Annual returns of the Patna Lunatic Asylum at Bankipore in Bihar and Orissa - 1912-1924
Year: 1912
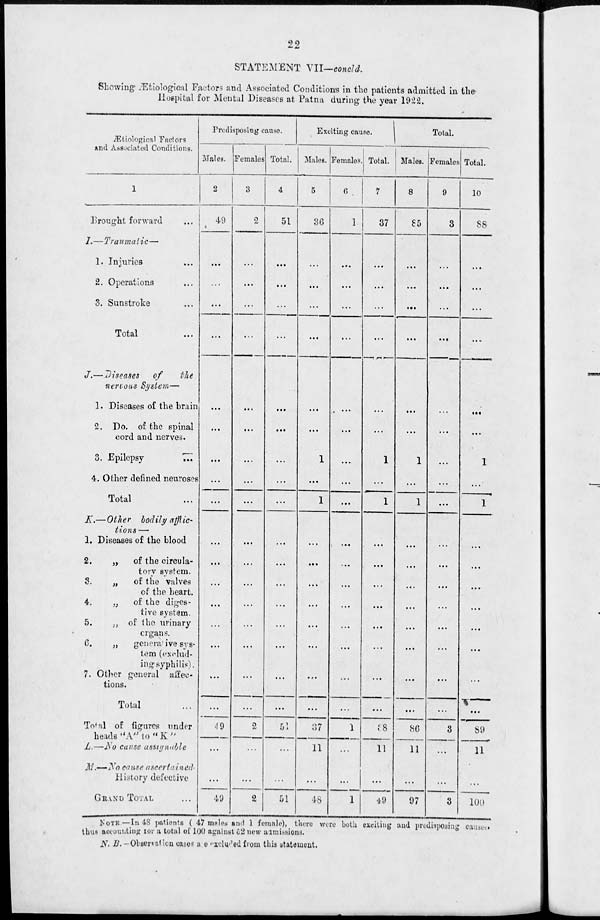
22
STATEMENT VII—concld.
Showing Ætiological Factors and Associated Conditions in the patients admitted in the
Hospital for Mental Diseases at Patna during the year 1922.
Ætiological Factors
and Associated Conditions.
1
Brought forward
...
I.—
J.—
K.—
L.—
M.—
Traumatic—
1. Injuries ...
2. Operations ...
3. Sunstroke ...
Total ...
Diseases
of
the
nervous
System—
1. Diseases of the brain
2. Do. of the spinal
cord and nerves.
3. Epilepsy
...
4. Other defined neuroses
Total ...
Other
bodily afflic-
tions—
1. Diseases of the blood
2.
„
of the circula-
tory system.
3.
„
of the valves
of the heart.
4.
„
of the diges-
tive system.
5.
„ of the urinary
organs.
6.
„
generative sys-
tem (exclud-
ing syphilis).
7. Other general
affec-
tions.
Total ...
Total of figures under
heads
" A " to " K "
No cause assignable
No cause ascertained
History defective
GRAND TOTAL ...
Predisposing cause.
Males.
2
49
...
...
...
...
...
...
...
...
...
...
...
...
...
...
...
...
...
49
...
...
49
Females.
3
2
...
...
...
...
...
...
...
...
...
...
...
...
...
...
...
...
...
2
...
...
2
Total.
4
51
...
...
...
...
...
...
...
...
...
...
...
...
...
...
...
...
...
51
...
...
51
Exciting cause.
Males.
5
36
...
...
...
...
...
...
1
...
1
...
...
...
...
...
...
...
...
37
11
...
48
Females.
6
1
...
...
...
...
...
...
...
...
...
...
...
...
...
...
...
...
...
1
...
...
1
Total.
7
37
...
...
...
...
...
...
1
...
1
...
...
...
...
...
...
...
...
38
11
...
49
Total.
Males.
8
85
...
...
...
...
...
...
1
...
1
...
...
...
...
...
...
...
...
86
11
...
97
Females.
9
3
...
...
...
...
...
...
...
...
...
...
...
...
...
...
...
...
...
3
...
...
3
Total.
10
88
...
...
...
...
...
...
1
...
1
...
...
...
...
...
...
...
...
89
11
...
100
NOTE.—In 48 patients ( 47 males and 1 female), there were both exciting and predisposing causes.
thus accounting for a total of 100 against 52 new admissions.
N. B.—Observation cases are excluded from this statement.